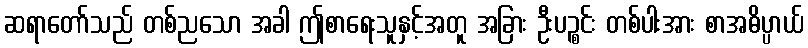
ဆရာတော်သည် တစ်ညသော အခါ ဤစာရေးသူနှင့်အတူ အခြား ဦးပဉ္စင်း တစ်ပါးအား စာအဓိပ္ပာယ်